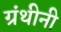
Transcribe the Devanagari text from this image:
ग्रंथीनी